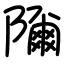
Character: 隬